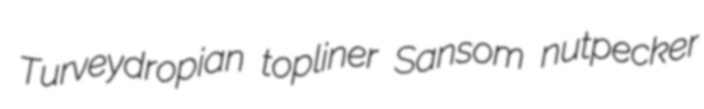
Turveydropian topliner Sansom nutpecker